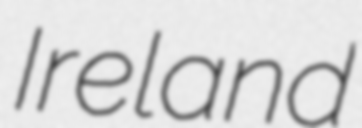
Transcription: Ireland